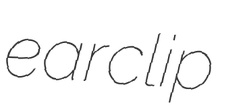
earclip